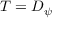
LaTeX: T = D _ { \psi }